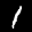
Label: 1